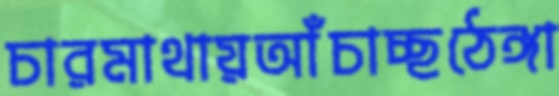
চারমাথায়আঁচাচ্ছঠেঙ্গা